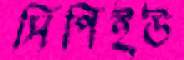
সিপিইউ